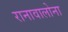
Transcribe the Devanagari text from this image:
रानावालोना